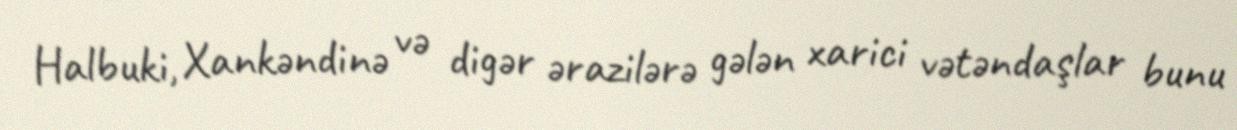
Halbuki, Xankəndinə və digər ərazilərə gələn xarici vətəndaşlar bunu